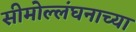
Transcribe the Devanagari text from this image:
सीमोल्लंघनाच्या